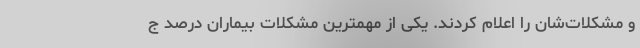
و مشکلات‌شان را اعلام کردند. یکی از مهمترین مشکلات بیماران درصد ج